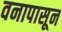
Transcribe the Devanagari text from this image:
वनापासून